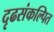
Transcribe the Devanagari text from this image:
दृढसंकल्पित